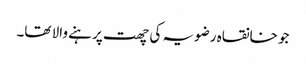
جو خانقاہ رضویہ کی چھت پر ہنے والا تھا۔